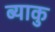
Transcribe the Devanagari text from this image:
ब्याकु